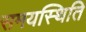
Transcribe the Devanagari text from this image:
समयस्थिति